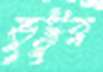
ভুট্টুর